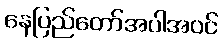
နေပြည်တော်အပါအဝင်